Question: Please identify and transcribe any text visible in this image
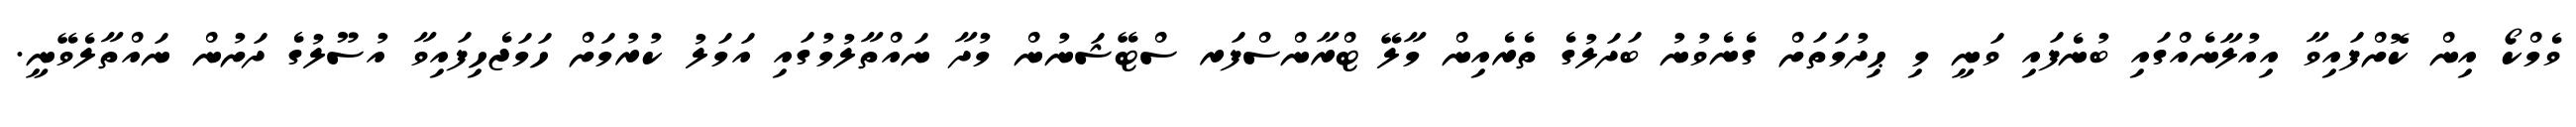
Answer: ވެމްކޯ އިން ކޮށްފައިވާ އިއުލާނެއްގައި ބުނެފައި ވަނީ މި ޙިދުމަތަށް ގެނެވުނު ބަދަލުގެ ތެރެއިން މާލޭ ޓްރާންސްފަރ ސްޓޭޝަނުން މުދާ ނައްތާލުމުގައި އަމަލު ކުރުމަށް ހަމަޖެހިފައިވާ އުސޫލުގެ ދަށުން ނައްތާލެވޭނީ.